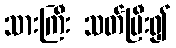
သားကြီး သတ်ပြီး၍